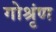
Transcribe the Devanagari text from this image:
गोश्रृंण